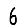
Digit: 6